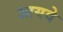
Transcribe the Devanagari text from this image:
आयवे